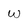
Character: w